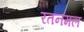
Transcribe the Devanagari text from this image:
रतनमल